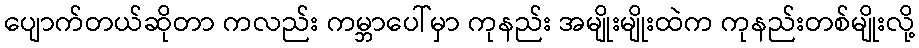
ပျောက်တယ်ဆိုတာ ကလည်း ကမ္ဘာပေါ်မှာ ကုနည်း အမျိုးမျိုးထဲက ကုနည်းတစ်မျိုးလို့